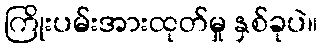
ကြိုးပမ်းအားထုတ်မှု နှစ်ခုပဲ။